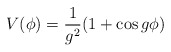
\begin{align*}V(\phi) = \frac{1}{g^2} (1 + \cos g\phi)\end{align*}